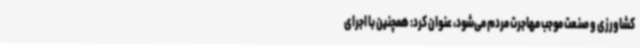
کشاورزی و صنعت موجب مهاجرت مردم می‌شود، عنوان کرد: همچنین با اجرای